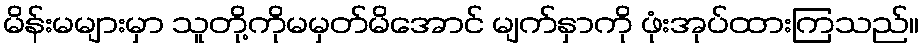
မိန်းမများမှာ သူတို့ကိုမမှတ်မိအောင် မျက်နှာကို ဖုံးအုပ်ထားကြသည်။